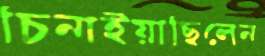
চিনাইয়াছিলেন